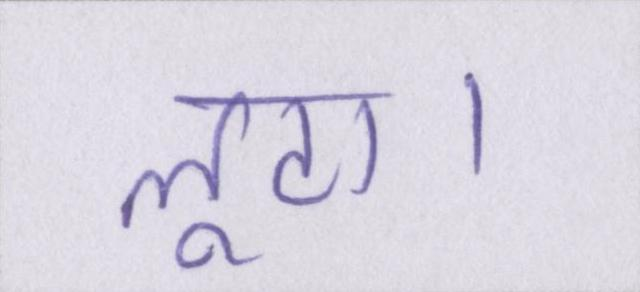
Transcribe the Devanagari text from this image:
लूटा।